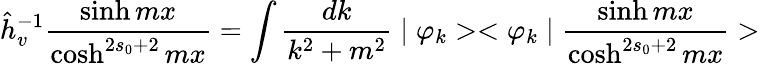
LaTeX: \hat{h}_{v}^{-1}\frac{\sinh mx}{\cosh^{2s_{0}+2}mx}=\int\frac{dk}{k^{2}+m^{2}}\mid\varphi_{k}><\varphi_{k}\mid\frac{\sinh mx}{\cosh^{2s_{0}+2}mx}>